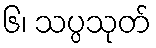
၆၊ သပ္ပသုတ်